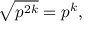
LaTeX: { \sqrt { p ^ { 2 k } } } = p ^ { k } ,